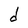
Character: d